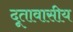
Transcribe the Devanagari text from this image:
दूतावासीय